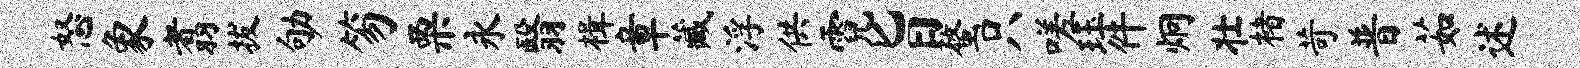
怒象翥拔劬笏栗永翳楫章藏浮供霓旨蝥只嗟珏件炯壮楮苛普茹述